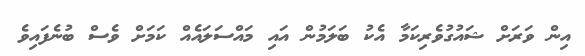
އިން ވަރަށް ޝައުގުވެރިކަމާ އެކު ބަލަމުން އައި މައްސަލައެއް ކަމަށް ވެސް ބުނެފައިވެ